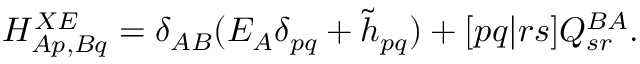
\begin{array} { r } { H _ { A p , B q } ^ { X E } = \delta _ { A B } ( E _ { A } \delta _ { p q } + \tilde { h } _ { p q } ) + [ p q | r s ] Q _ { s r } ^ { B A } . } \end{array}